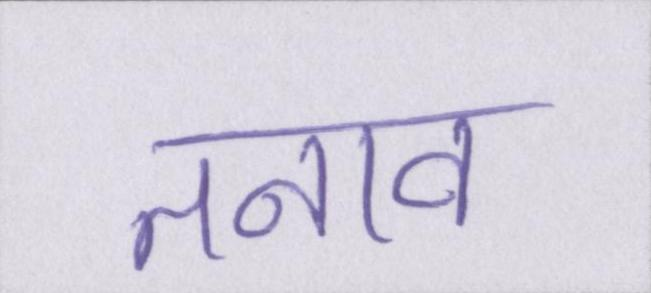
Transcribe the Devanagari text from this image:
तनाव